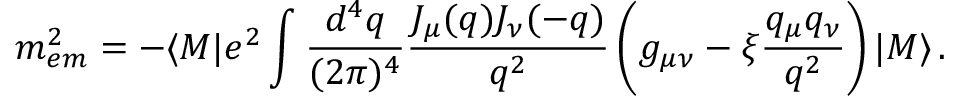
m _ { e m } ^ { 2 } = - \langle M | e ^ { 2 } \int \frac { d ^ { 4 } q } { ( 2 \pi ) ^ { 4 } } \frac { J _ { \mu } ( q ) J _ { \nu } ( - q ) } { q ^ { 2 } } \left( g _ { \mu \nu } - \xi \frac { q _ { \mu } q _ { \nu } } { q ^ { 2 } } \right) | M \rangle \, .